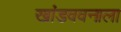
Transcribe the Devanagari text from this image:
खांडववनाला